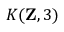
K ( \mathbf { Z } , 3 )